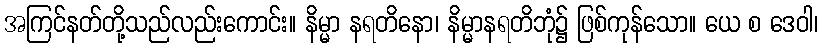
အကြင်နတ်တို့သည်လည်းကောင်း။ နိမ္မာ နရတိနော၊ နိမ္မာနရတိဘုံ၌ ဖြစ်ကုန်သော။ ယေ စ ဒေဝါ၊